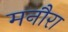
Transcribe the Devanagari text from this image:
मनौरा